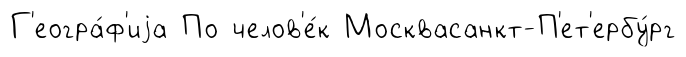
Г'еогра́ф'иjа По челов'е́к Москвасанкт-П'ет'ербу́рг